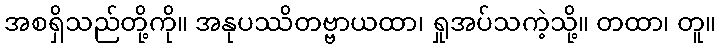
အစရှိသည်တို့ကို။ အနုပဿိတဗ္ဗာယထာ၊ ရှုအပ်သကဲ့သို့။ တထာ၊ တူ။